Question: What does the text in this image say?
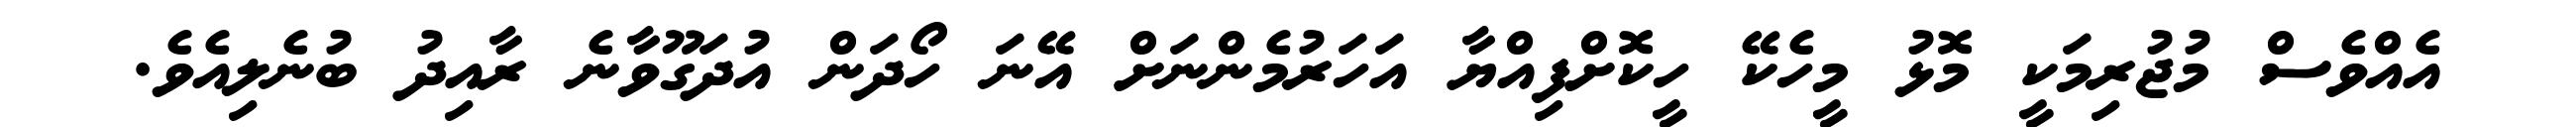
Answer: އެއްވެސް މުޖުރިމަކީ މޮޅު މީހެކޭ ހީކޮށްފިއްޔާ އަހަރުމެންނަށް އޭނަ ހޯދަން އުދަގޫވާނެ ރާއިދު ބުނެލިއެވެ.